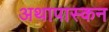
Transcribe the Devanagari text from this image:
अथापास्कन